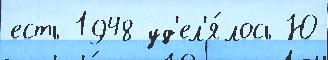
есть 1948 уд'ел'я́лось Ю